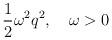
\begin{align*}{1\over2}\omega^2q^2,\quad \omega>0 \end{align*}